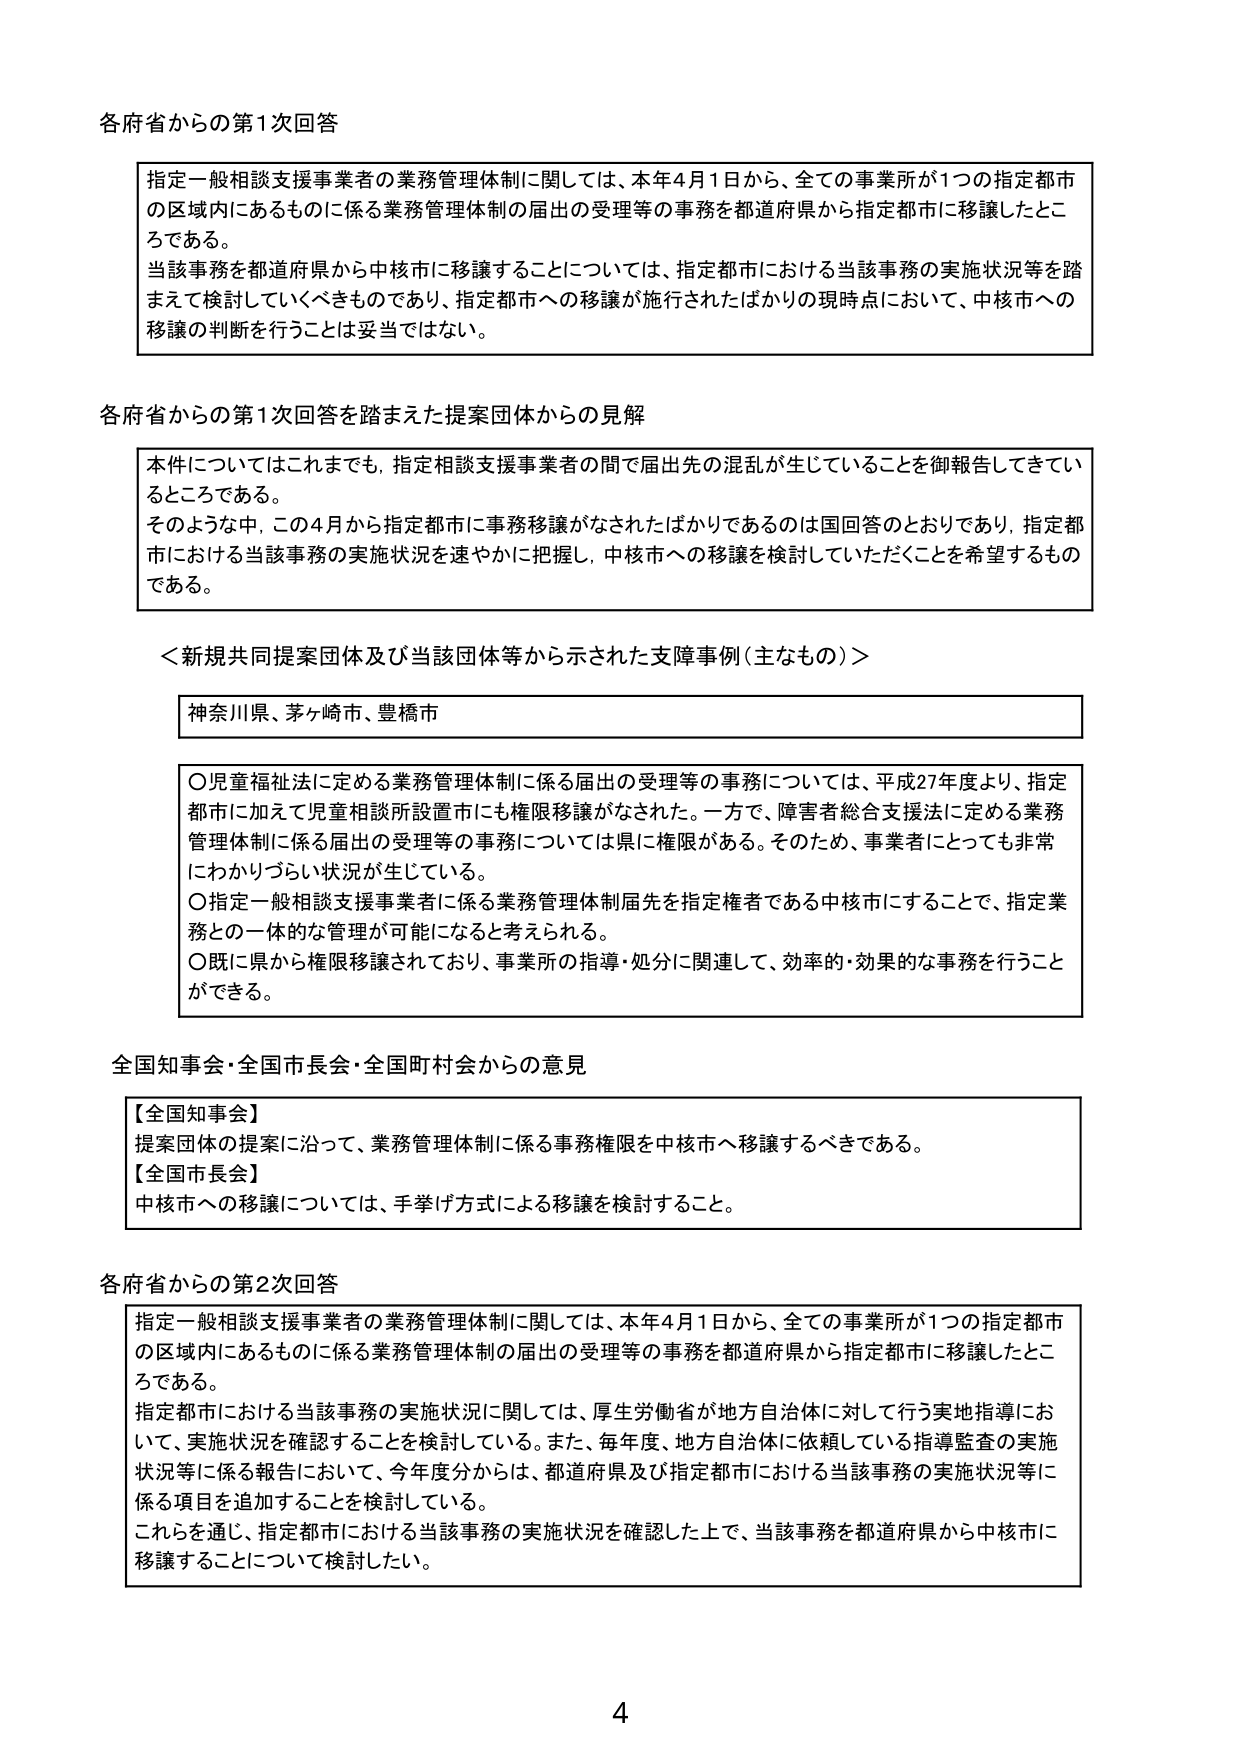
各府省からの第1次回答

指定一般相談支援事業者の業務管理体制に関しては、本年4月1日から、全ての事業所が1つの指定都市の区域内にあるものに係る業務管理体制の届出の受理等の事務を都道府県から指定都市に移譲したところである。
当該事務を都道府県から中核市に移譲することについては、指定都市における当該事務の実施状況等を踏まえて検討していくべきものであり、指定都市への移譲が施行されたばかりの現時点において、中核市への移譲の判断を行うことは妥当ではない。

各府省からの第1次回答を踏まえた提案団体からの見解

本件についてはこれまで、指定相談支援事業者の間で届出先の混乱が生じていることを御報告してきているところである。
そのような中、この4月から指定都市に事務移譲がなされたばかりであるのは国回答のとおりであり、指定都市における当該事務の実施状況を速やかに把握し、中核市への移譲を検討していただくことを希望するものである。

＜新規共同提案団体及び当該団体等から示された支障事例（主なもの）＞

神奈川県、茅ヶ崎市、豊橋市

○児童福祉法に定める業務管理体制に係る届出の受理等の事務については、平成27年度より、指定都市に加えて児童相談所設置市にも権限移譲がなされた。一方で、障害者総合支援法に定める業務管理体制に係る届出の受理等の事務については県に権限がある。そのため、事業者にとっても非常にわかりづらい状況が生じている。
○指定一般相談支援事業者に係る業務管理体制届先を指定権者である中核市にすることで、指定業務との一体的な管理が可能になると考えられる。
○既に県から権限移譲されており、事業所の指導・処分に関連して、効率的・効果的な事務を行うことができる。

全国知事会・全国市長会・全国町村会からの意見

【全国知事会】
提案団体の提案に沿って、業務管理体制に係る事務権限を中核市へ移譲するべきである。
【全国市長会】
中核市への移譲については、手挙げ方式による移譲を検討すること。

各府省からの第2次回答

指定一般相談支援事業者の業務管理体制に関しては、本年4月1日から、全ての事業所が1つの指定都市の区域内にあるものに係る業務管理体制の届出の受理等の事務を都道府県から指定都市に移譲したところである。
指定都市における当該事務の実施状況に関しては、厚生労働省が地方自治体に対して行う実地指導において、実施状況を確認することを検討している。また、毎年度、地方自治体に依頼している指導監査の実施状況等に係る報告において、今年度分から、都道府県及び指定都市における当該事務の実施状況等に係る項目を追加することを検討している。
これらを通じ、指定都市における当該事務の実施状況を確認した上で、当該事務を都道府県から中核市に移譲することについて検討したい。

4